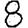
Digit: 8